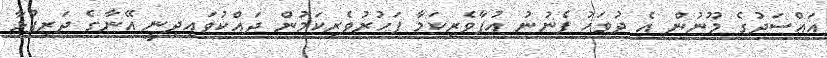
އައްސަދުގެ މޫނުން އެ ދުވަހު ފެނުނު އުފާވެރިކަމާ ފަހުރުވެރިކަމުން ދައްކުވައިދިނީ އޭނާގެ ދަރިފުޅާ